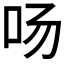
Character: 𱒂